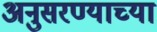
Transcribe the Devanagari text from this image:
अनुसरण्याच्या